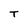
Character: T